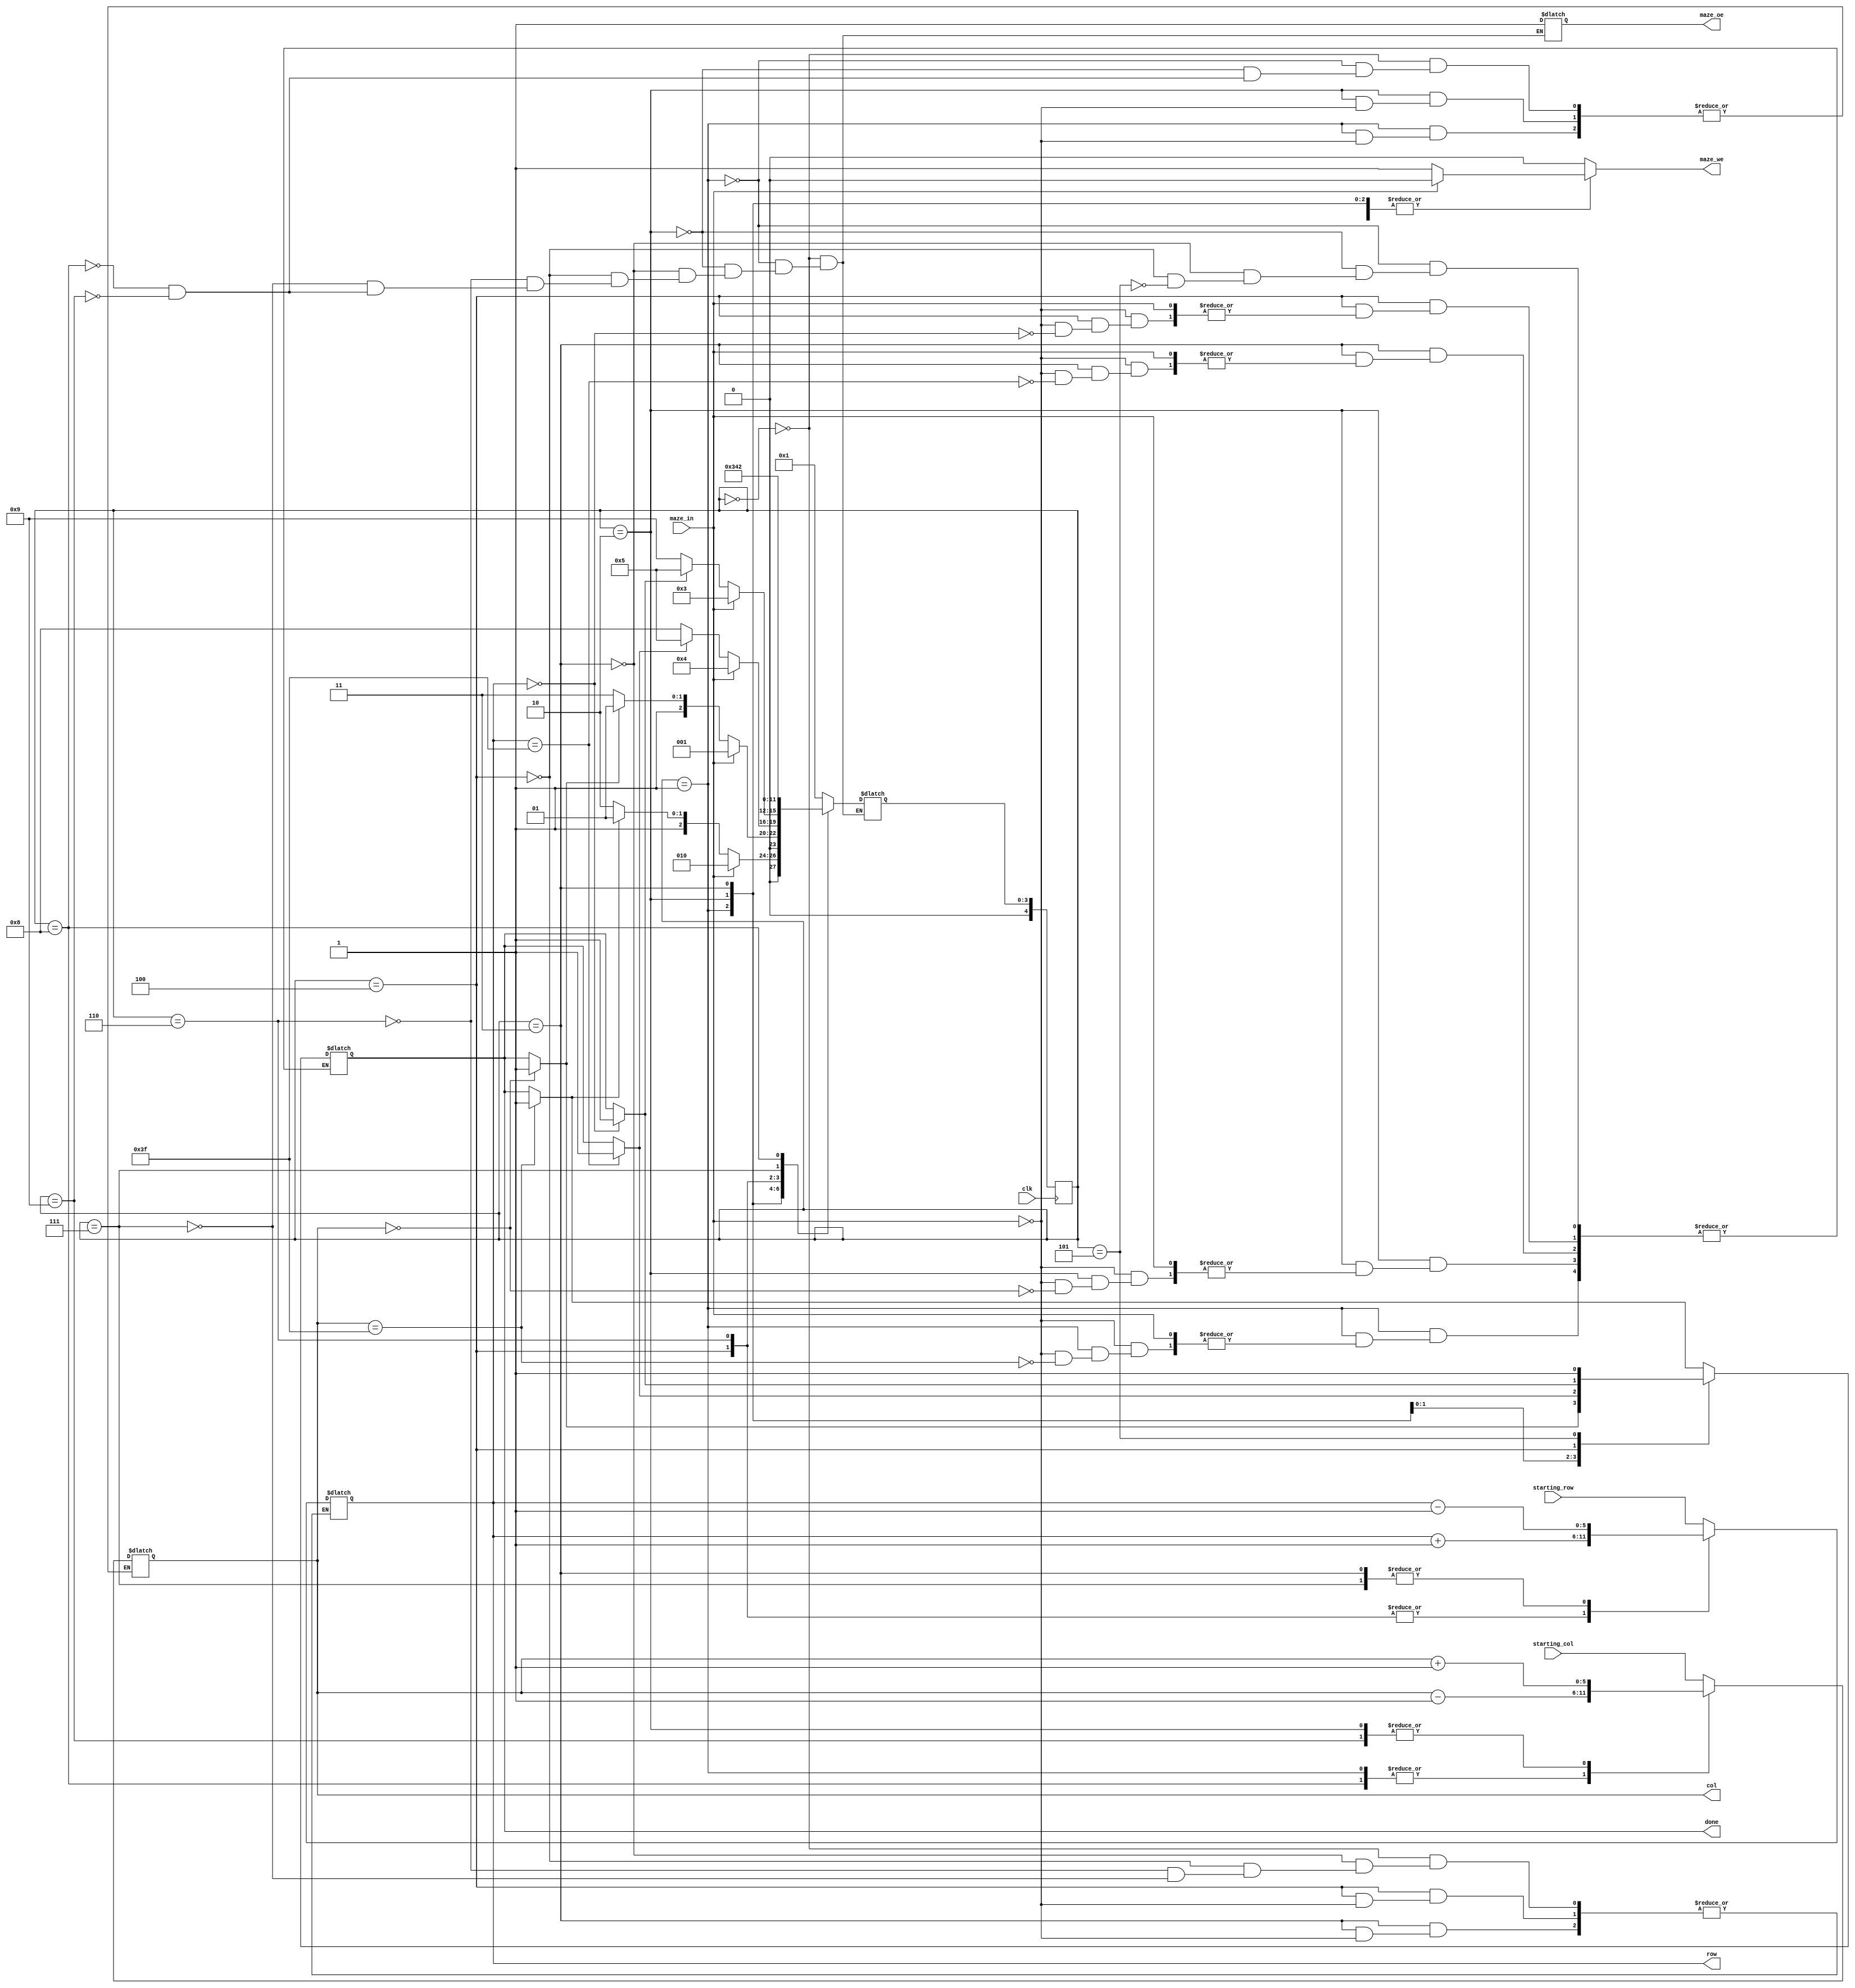
`timescale 1ns / 1ps
//////////////////////////////////////////////////////////////////////////////////
// Company: 
// Engineer: 
// 
// Design Name: 
// Module Name:    maze 
// Project Name: 
// Target Devices: 
// Tool versions: 
// Description: 
//
// Dependencies: 
//
// Revision: 
// Revision 0.01 - File Created
// Additional Comments: 
//
//////////////////////////////////////////////////////////////////////////////////

module maze#( 
    parameter maze_width = 6
) (
input 		          clk,
input [maze_width - 1:0]  starting_col, starting_row, 	// indicii punctului de start
input  			  maze_in, 			// ofera informa?ii despre punctul de coordonate [row, col]
output reg [maze_width - 1:0] row, col,	 		// selecteaza un rnd si o coloana din labirint
output 		reg	  maze_oe,			// output enable (activeaza citirea din labirint la rndul ?i coloana date) - semnal sincron	
output 		reg	  maze_we, 			// write enable (activeaza scrierea n labirint la rndul ?i coloana date) - semnal sincron
output 		reg	  done);		 	// ie?irea din labirint a fost gasita; semnalul ramane activ 

reg [4:0] state, next_state=0;



	 always @(posedge clk) begin
		state <= next_state;
	 end
	 
	 always @(*) begin
		maze_we=0;

	 
	 
		case(state)
			0: begin
			maze_we=0;
			
				row=starting_row;
				col=starting_col;
				maze_oe=1;

				
				next_state=1;
				end
			1: begin	       //venit din stanga
			
				maze_we=0;
				if(maze_in==1) begin

					col=col-1;
					next_state= 2;
				end
				else begin
					maze_we=1;
					
					if(col==63)
					begin
					done=1;
					end
					
				
					next_state=6;
					
					if(done==1)
					next_state=5;
				end
				maze_oe=1;
			end
			
			2: begin			//venit din dreapta
			
			maze_we=0;

				if(maze_in==1) begin
	
					col=col+1;
					next_state= 1;
				end
				else begin
					maze_we=1;
					
					if(col==0)
					begin
					done=1;
					end
					
					
					next_state=7;
					if(done==1)
					next_state=5;
				end
								maze_oe=1;
			end
			3: begin			//venit de sus
			maze_we=0;

				if(maze_in==1) begin

					row=row-1;
					next_state= 4;
				end
				else begin
					maze_we=1;
					
					if(row==63)
					begin
					done=1;
					end
					
					
					next_state=8;
					if(done==1)
					next_state=5;
				end
								maze_oe=1;
			end
			4: begin			//venit de jos
			maze_we=0;

				if(maze_in==1) begin

					row=row+1;
					next_state= 3;
				end
				else begin
					maze_we=1;
					
					if(row==0)
					begin
					done=1;

					end
					

					next_state=9;
					if(done==1)
					next_state=5;
				end
					maze_oe=1;				
			end
			5: begin 
				done=1;
			end
			
			6:begin
				row=row+1;
				next_state=3;	
				maze_oe=1;
			end
			
			7:begin 
				row=row-1;
				next_state=4;
				maze_oe=1;
			end
			
			8: begin
				col=col-1;
				next_state=2;
				maze_oe=1;
			end
			
			9: begin
				col=col+1;
				next_state=1;
				maze_oe=1;
			end
		endcase
		
end

endmodule